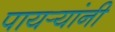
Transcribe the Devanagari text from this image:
पायर्‍यांनी